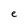
Character: e